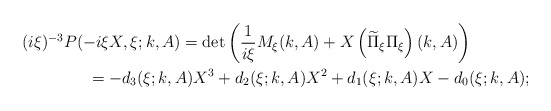
\begin{align*}&(i\xi)^{-3}P(-i\xi X,\xi;k,A)=\det\left(\frac{1}{i\xi}M_\xi(k,A)+X\left(\widetilde\Pi_\xi\Pi_\xi\right)(k,A)\right)\\&\qquad\qquad=-d_3(\xi;k,A)X^3+d_2(\xi;k,A)X^2+d_1(\xi;k,A)X-d_0(\xi;k,A);\end{align*}